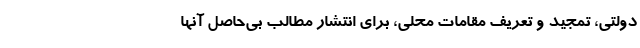
دولتی، تمجید و تعریف مقامات محلی، برای انتشار مطالب بی‌حاصل آنها